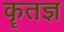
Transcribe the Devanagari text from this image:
कॄतज्ञ